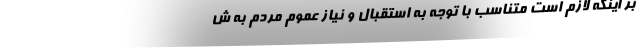
بر اینکه لازم است متناسب با توجه به استقبال و نیاز عموم مردم به ش